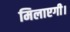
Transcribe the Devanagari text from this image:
मिलाएगी।